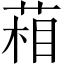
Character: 葙